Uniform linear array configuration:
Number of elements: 64
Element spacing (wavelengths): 0.25
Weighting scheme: exponential
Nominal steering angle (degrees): -45
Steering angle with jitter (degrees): -43.974
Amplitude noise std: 0.05
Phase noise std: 0.05

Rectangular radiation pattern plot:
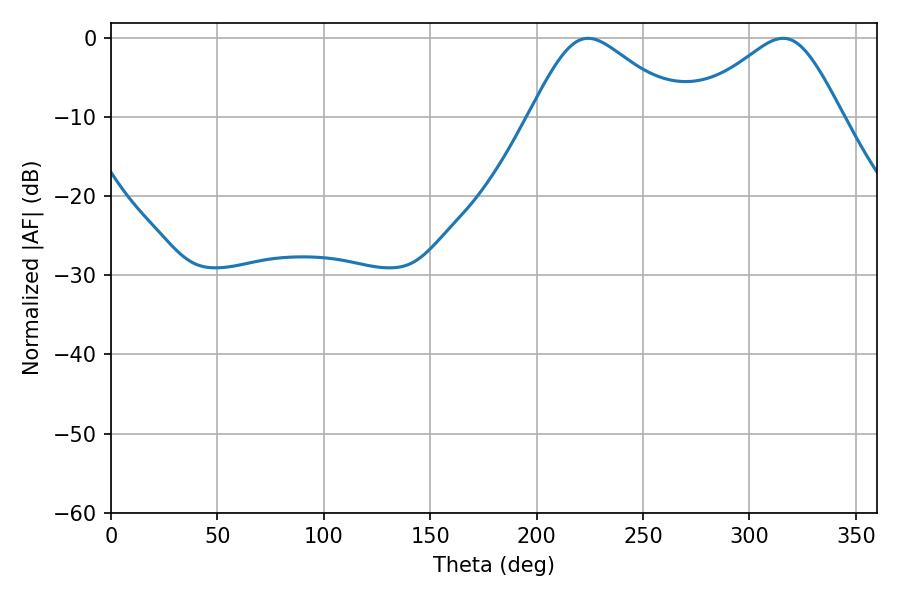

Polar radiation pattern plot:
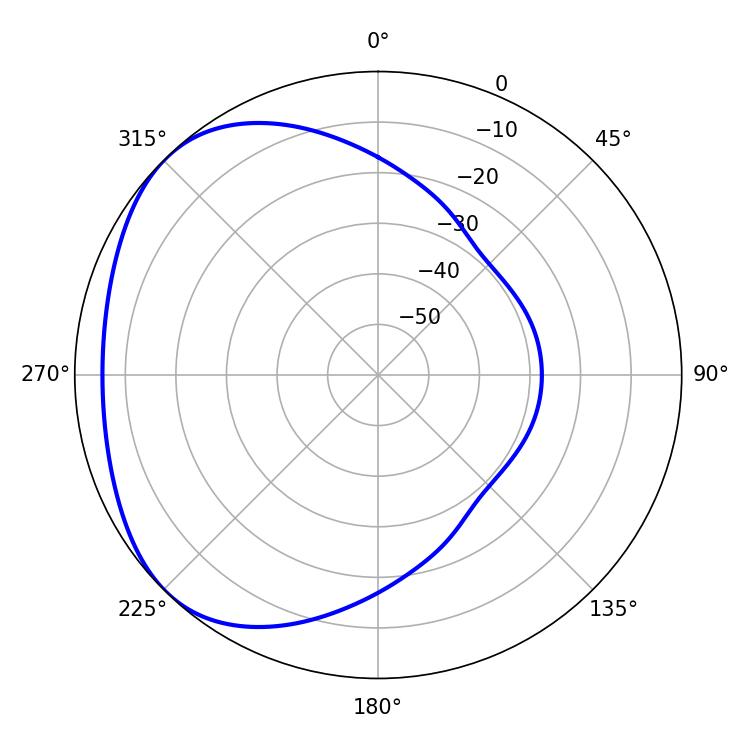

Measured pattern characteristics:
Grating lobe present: FALSE
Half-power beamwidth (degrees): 34.92
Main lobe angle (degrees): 224.1